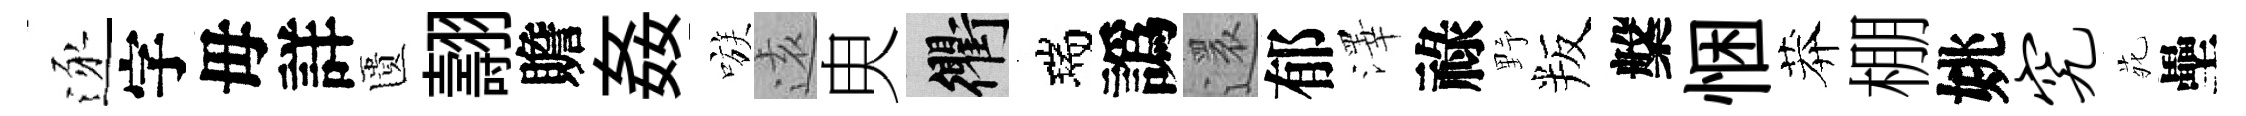
逐字毋詳匱翿贍姦嗾逺㬰衢瑞譌還郁澤祿野叛槃悃莽棚姚究𫟍壘